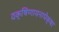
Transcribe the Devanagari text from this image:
दक्षिणायनापेक्षा